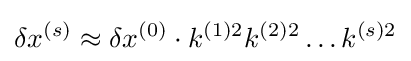
\delta x^{(s)}\approx \delta x^{(0)}\cdot k^{(1)2}k^{(2)2}\dots k^{(s)2}